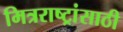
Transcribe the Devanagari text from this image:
मित्रराष्ट्रांसाठी